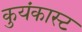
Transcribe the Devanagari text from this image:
कुयंकास्ट